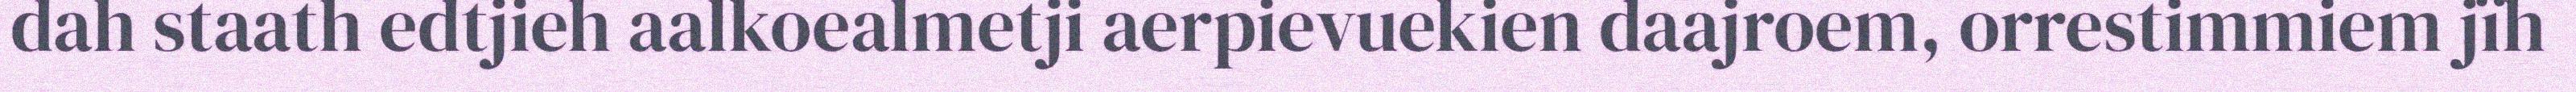
dah staath edtjieh aalkoealmetji aerpievuekien daajroem, orrestimmiem jïh